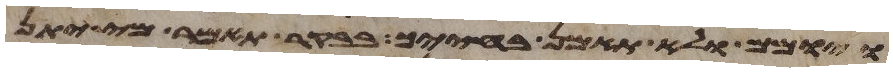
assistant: ויומם ולא תאמן בחייך בבקר תאמר מי יתן